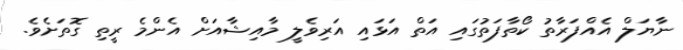
ނާޔަލް އެއްފަރާތު ކޯތާފަތުގައި އަތް އަޅައި އަރިވެލީ މާއިޝާއަށް އެންމެ ރީތި ގޮތަށެވެ.